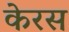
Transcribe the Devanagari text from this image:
केरस